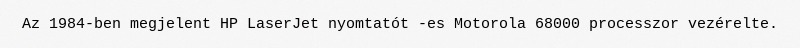
Az 1984-ben megjelent HP LaserJet nyomtatót -es Motorola 68000 processzor vezérelte.